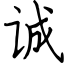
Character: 诚